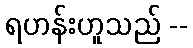
ရဟန်းဟူသည် --